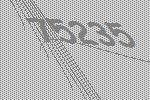
75235